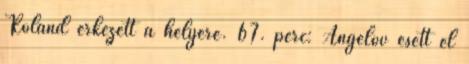
Roland érkezett a helyére. 67. perc: Angelov esett el